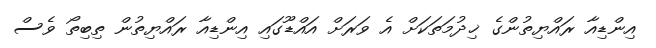
އިންޑިއާ ރައްޔިތުންގެ ޚިދުމަތަކަށް އެ ވަރަށް އައްޑޫގައި އިންޑިއާ ރައްޔިތުން ތިބިތޯ ވެސް